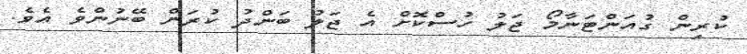
ކުރިން ގުއަންޓަނާމޯ ޖަލު ހުސްކޮށް އެ ޖަލު ބަަންދު ކުރަން ބޭނުންވެ އެވެ.